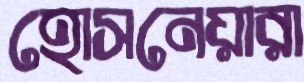
হোসনেয়ারা